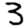
Digit: 3